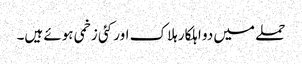
حملے میں دو اہلکار ہلاک اور کئی زخمی ہوئے ہیں۔